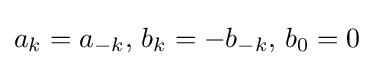
a_{k}=a_{-k},\,b_{k}=-b_{-k},\,b_{0}=0